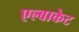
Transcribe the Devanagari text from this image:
एल्बाकेट